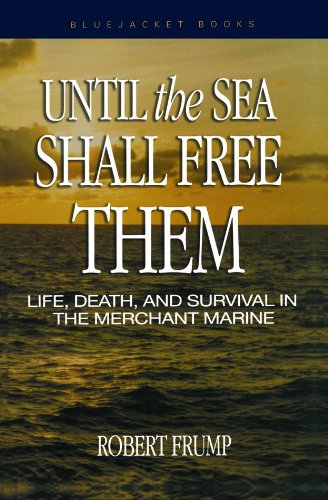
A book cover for Until the Sea Shall Free Them: Life, Death, and Survival in the Merchant Marine (Bluejacket Books); Robert Frump; Law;